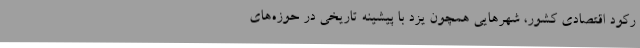
رکود اقتصادی کشور، شهرهایی همچون یزد با پیشینه تاریخی در حوزه‌های